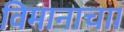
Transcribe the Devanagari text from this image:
विमानाचाा